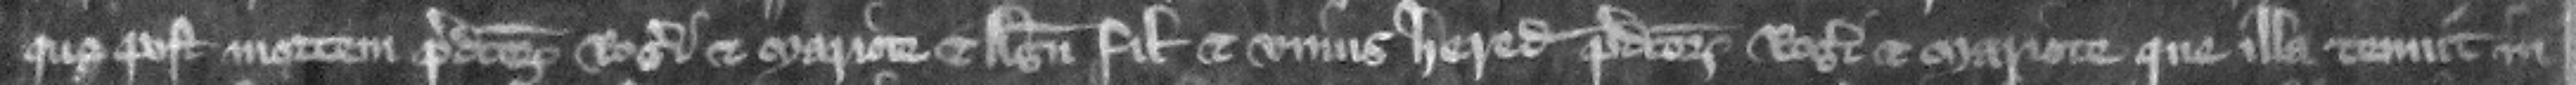
que post mortem predictorum Rogeri et Mariote et Agnetis filie et vnius heredum predictorum Rogeri et Mariote que illa tenuit in